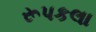
રૂપકલા